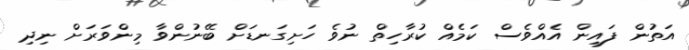
އަތުން ފައިން އެއްވެސް ކަމެއް ކުރާހިތް ނުވެ ހަށިގަނޑަށް ބޭނުންވާ މިންވަރަށް ނިދި